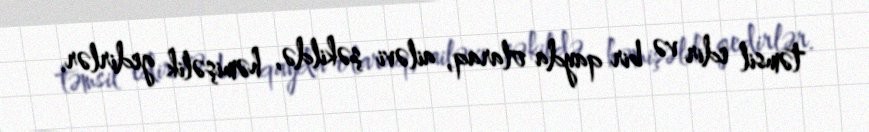
təmsil edir və bir qayda olaraq, ailəvi şəkildə, həmişəlik gedirlər.